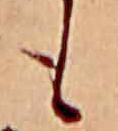
も